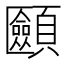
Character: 𩕿